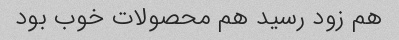
هم زود رسید هم محصولات خوب بود